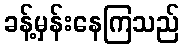
ခန့်မှန်းနေကြသည်